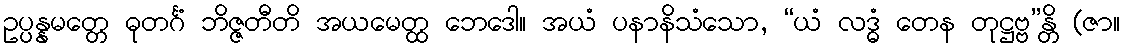
ဥပ္ပန္နမတ္တေ ဓုတင်္ဂံ ဘိဇ္ဇတီတိ အယမေတ္ထ ဘေဒေါ။ အယံ ပနာနိသံသော, “ယံ လဒ္ဓံ တေန တုဋ္ဌဗ္ဗ”န္တိ (ဇာ။